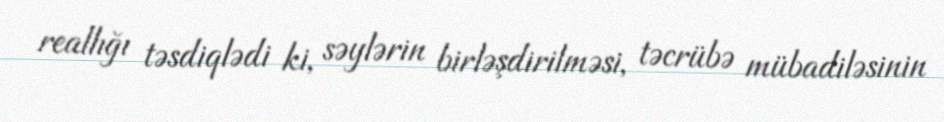
reallığı təsdiqlədi ki, səylərin birləşdirilməsi, təcrübə mübadiləsinin